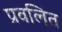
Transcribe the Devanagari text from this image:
प्रवलित